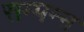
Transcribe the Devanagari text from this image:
सम्पन्ऩ